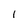
Character: 1